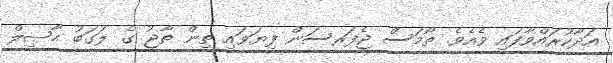
އަދާކުރައްވާފައި ވެއެވެ. ތޯމަސް ޖެފަރސަން ފިޔަވައި ތިން ތާޖު ގެ ލަގަބު ޙާޞިލް